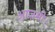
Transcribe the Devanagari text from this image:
आज़मी।